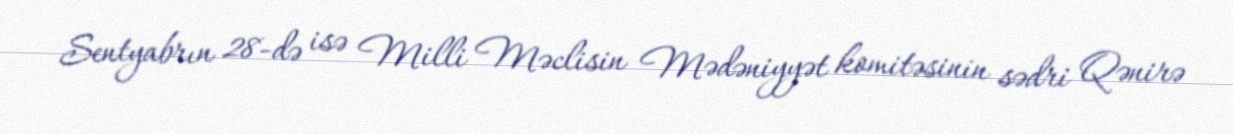
Sentyabrın 28-də isə Milli Məclisin Mədəniyyət komitəsinin sədri Qənirə